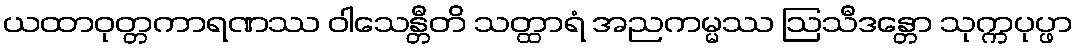
ယထာဝုတ္တကာရဏဿ ဝါသေန္တီတိ သတ္ထာရံ အညကမ္မဿ ဩသီဒန္တော သုက္ကပုပ္ဖာ